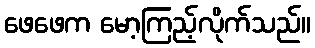
ဖေဖေက မော့ကြည့်လိုက်သည်။